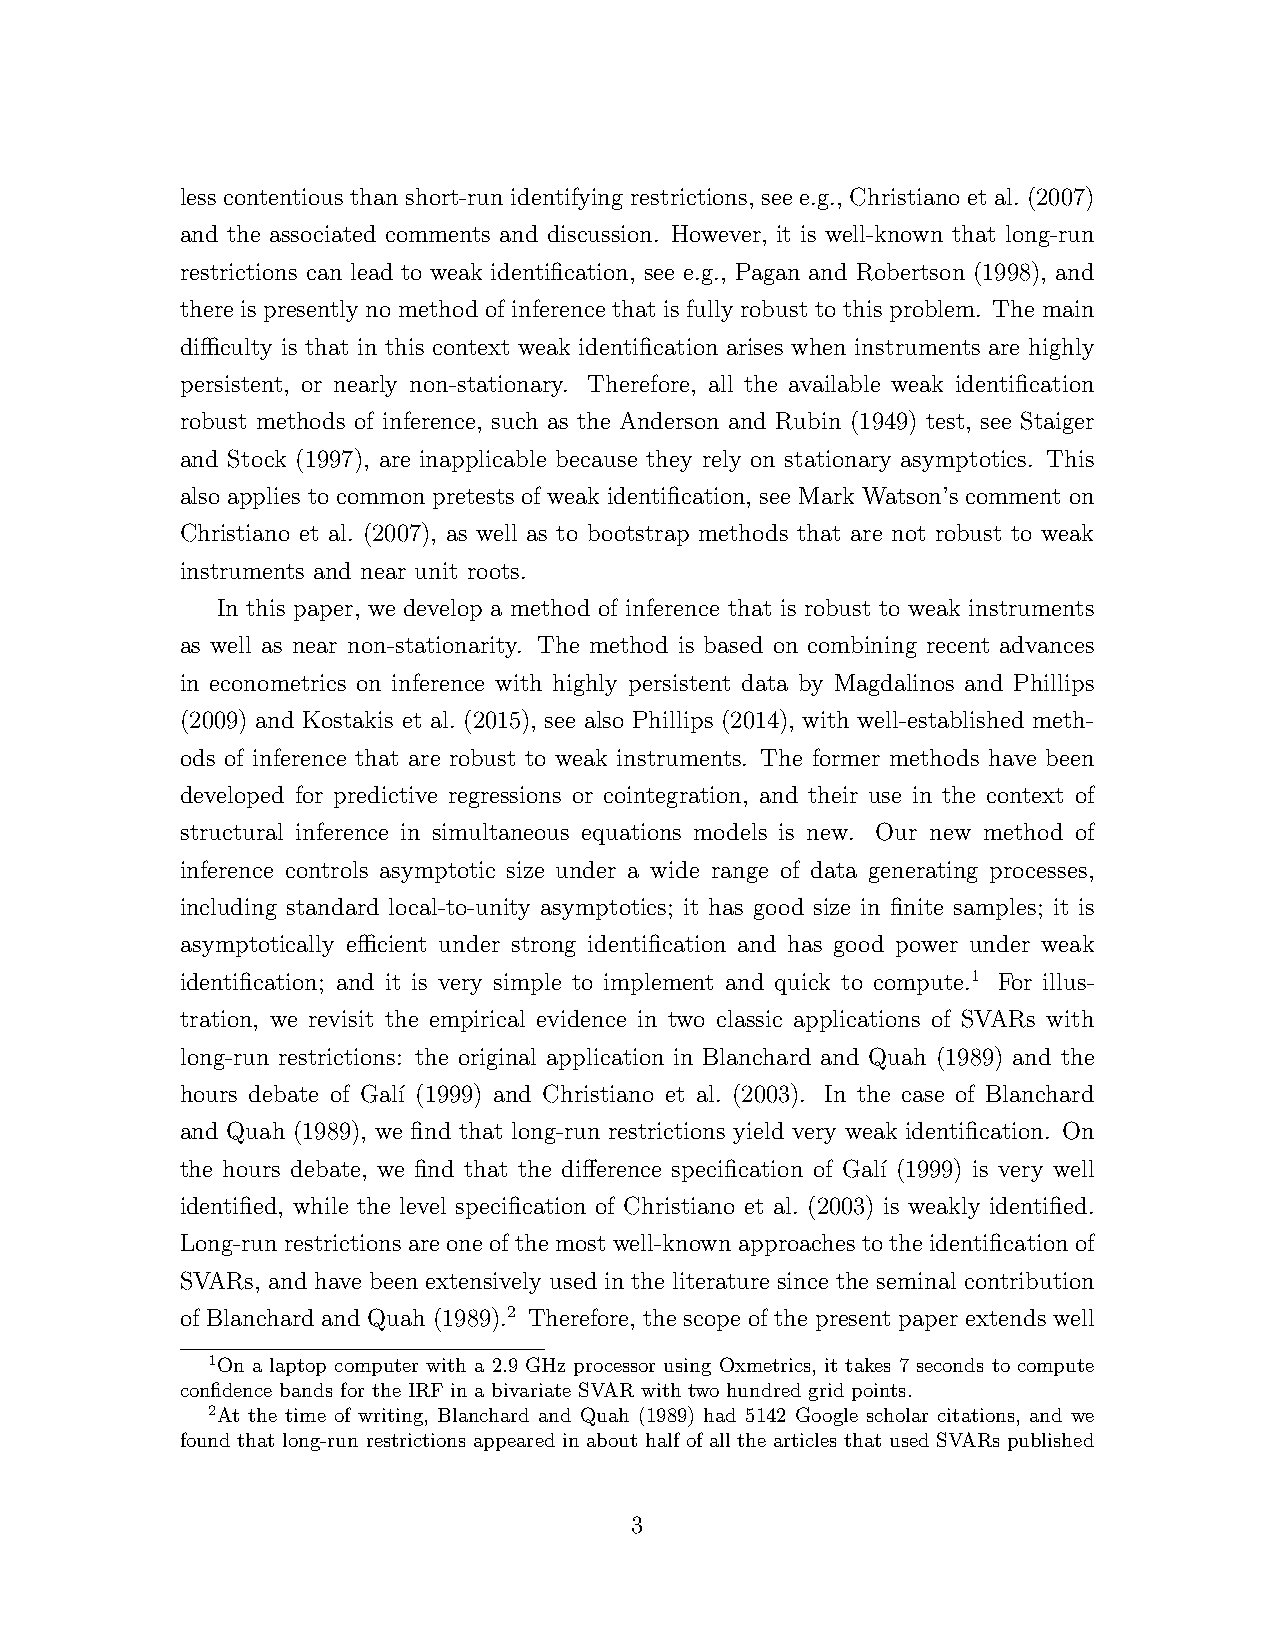
less contentious than short-run identifying restrictions, see e.g., Christiano et al. (2007)
 and the associated comments and discussion. However, it is well-known that long-run
 restrictions can lead to weak identification, see e.g., Pagan and Robertson (1998), and
 there is presently no method of inference that is fully robust to this problem. The main
 difficulty is that in this context weak identification arises when instruments are highly
 persistent, or nearly non-stationary. Therefore, all the available weak identification
 robust methods of inference, such as the Anderson and Rubin (1949) test, see Staiger
 and Stock (1997), are inapplicable because they rely on stationary asymptotics. This
 also applies to common pretests of weak identification, see Mark Watson’s comment on
 Christiano et al. (2007), as well as to bootstrap methods that are not robust to weak
 instruments and near unit roots.
 In this paper, we develop a method of inference that is robust to weak instruments
 as well as near non-stationarity. The method is based on combining recent advances
 in econometrics on inference with highly persistent data by Magdalinos and Phillips
 (2009) and Kostakis et al. (2015), see also Phillips (2014), with well-established meth-
 ods of inference that are robust to weak instruments. The former methods have been
 developed for predictive regressions or cointegration, and their use in the context of
 structural inference in simultaneous equations models is new. Our new method of
 inference controls asymptotic size under a wide range of data generating processes,
 including standard local-to-unity asymptotics; it has good size in finite samples; it is
 asymptotically efficient under strong identification and has good power under weak
 identification; and it is very simple to implement and quick to compute.1 For illus-
 tration, we revisit the empirical evidence in two classic applications of SVARs with
 long-run restrictions: the original application in Blanchard and Quah (1989) and the
 hours debate of Gal´ı (1999) and Christiano et al. (2003). In the case of Blanchard
 and Quah (1989), we find that long-run restrictions yield very weak identification. On
 the hours debate, we find that the difference specification of Gal´ı (1999) is very well
 identified, while the level specification of Christiano et al. (2003) is weakly identified.
 Long-runrestrictionsareoneof themostwell-known approachesto theidentification of
 SVARs, and have been extensively used in the literature since the seminal contribution
 of Blanchard and Quah (1989).2 Therefore, the scope of the present paper extends well
 1On a laptop computer with a 2.9 GHz processor using Oxmetrics, it takes 7 seconds to compute
 confidence bands for the IRF in a bivariate SVAR with two hundred grid points.
 2At the time of writing, Blanchard and Quah (1989) had 5142 Google scholar citations, and we
 found that long-run restrictions appeared in about half of all the articles that used SVARs published
 3